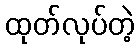
ထုတ်လုပ်တဲ့